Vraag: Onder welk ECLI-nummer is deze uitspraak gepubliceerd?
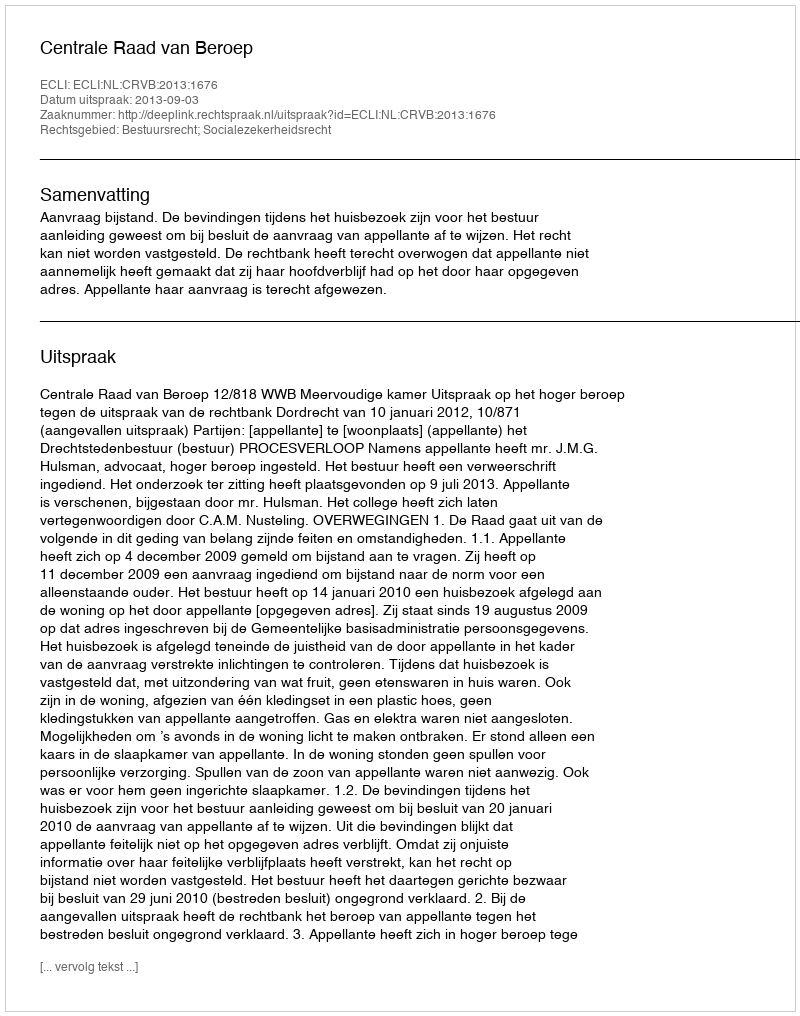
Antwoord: ECLI:NL:CRVB:2013:1676